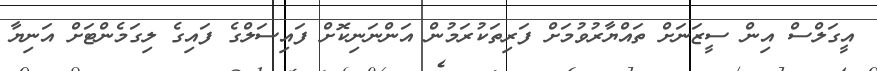
އީގަލްސް އިން ސީޒަނަށް ތައްޔާރުވުމަށް ފަރިތަކުރަމުން އަންނަނިކޮށް ފައިސަލްގެ ފައިގެ ލިގަމެންޓަށް އަނިޔާ